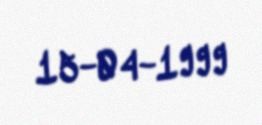
15-04-1999